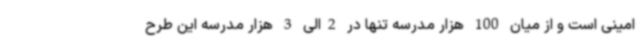
امینی است و از میان 100 هزار مدرسه تنها در 2الی 3 هزار مدرسه این طرح